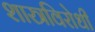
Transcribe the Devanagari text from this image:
शास्त्रविरोधी